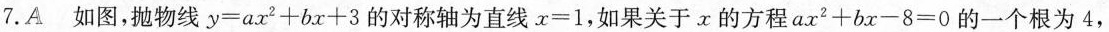
7. A 如图，抛物线 $$y = a x ^ { 2 } + b x + 3$$ 的对称轴为直线 $$x = 1$$，如果关于x的方程 $$a x ^ { 2 } + b x - 8 = 0$$ 的一个根为4，